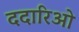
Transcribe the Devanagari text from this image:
ददारिओ